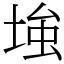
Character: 𡌺